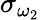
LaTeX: \sigma_{\omega_{2}}